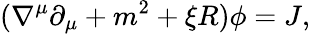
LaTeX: (\nabla^{\mu}\partial_{\mu}+m^{2}+\xi R)\phi=J,